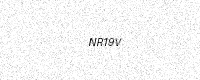
Text: NR19V